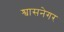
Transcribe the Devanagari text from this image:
श्वासनेगर